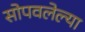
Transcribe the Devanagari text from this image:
सोपवलेल्या